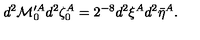
d ^ { 2 } { \cal M } _ { 0 } ^ { \prime A } d ^ { 2 } \zeta _ { 0 } ^ { A } = 2 ^ { - 8 } d ^ { 2 } \xi ^ { A } d ^ { 2 } \bar { \eta } ^ { A } .